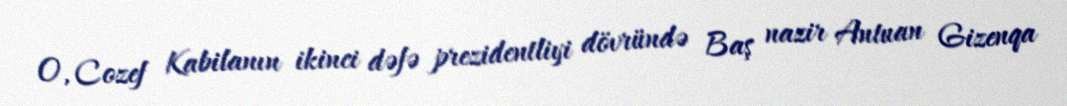
O, Cozef Kabilanın ikinci dəfə prezidentliyi dövründə Baş nazir Antuan Gizenqa